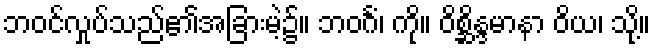
ဘဝင်လှုပ်သည်၏အခြားမဲ့၌။ ဘဝင်္ဂံ၊ ကို။ ဝိစ္ဆိန္ဒမာနာ ဝိယ၊ သို့။